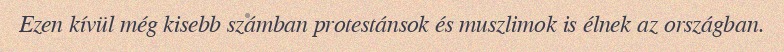
Ezen kívül még kisebb számban protestánsok és muszlimok is élnek az országban.